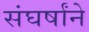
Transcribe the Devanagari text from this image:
संघर्षांने